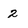
Character: 2